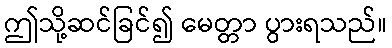
ဤသို့ဆင်ခြင်၍ မေတ္တာ ပွားရသည်။